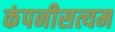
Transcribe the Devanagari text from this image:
कंपनीसत्यम